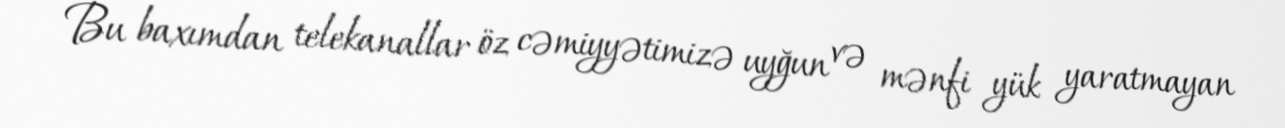
Bu baxımdan telekanallar öz cəmiyyətimizə uyğun və mənfi yük yaratmayan